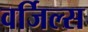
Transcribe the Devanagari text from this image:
वर्जिल्स